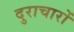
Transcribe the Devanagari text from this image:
दुराचारों